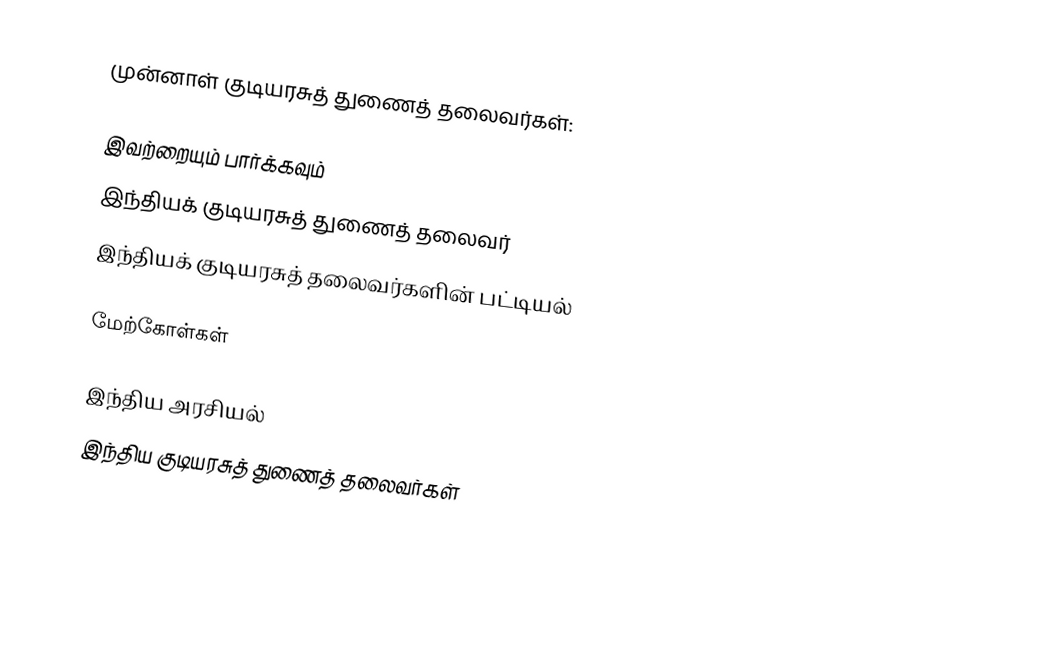
முன்னாள் குடியரசுத் துணைத் தலைவர்கள்:

இவற்றையும் பார்க்கவும்
 இந்தியக் குடியரசுத் துணைத் தலைவர்
 இந்தியக் குடியரசுத் தலைவர்களின் பட்டியல்

மேற்கோள்கள்

இந்திய அரசியல்
இந்திய குடியரசுத் துணைத் தலைவர்கள்